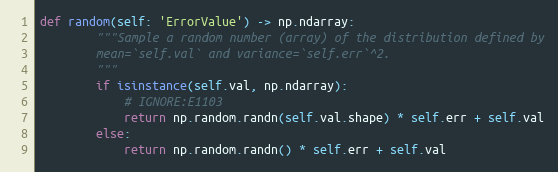
Language: Python
def random(self: 'ErrorValue') -> np.ndarray:
        """Sample a random number (array) of the distribution defined by
        mean=`self.val` and variance=`self.err`^2.
        """
        if isinstance(self.val, np.ndarray):
            # IGNORE:E1103
            return np.random.randn(self.val.shape) * self.err + self.val
        else:
            return np.random.randn() * self.err + self.val